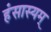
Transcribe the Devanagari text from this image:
हंसास्यम्